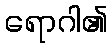
ရောဂါ၏